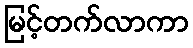
မြင့်တက်လာကာ